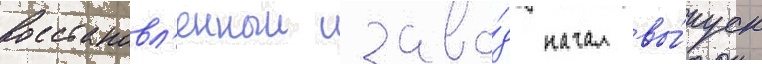
Восстановл'енныи заво́д начал вы́пуск